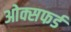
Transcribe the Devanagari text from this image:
ओक्सफर्ड